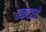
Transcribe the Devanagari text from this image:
वकदाचे